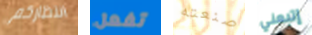
انتظاركم تفعل صنعته إتبعني